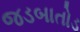
જડબાતોડ